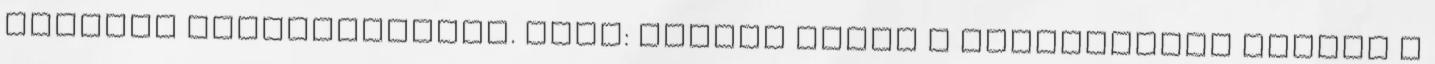
kérelem elbírálásakor. Fotó: Karnok Csaba A fogyasztási egység a